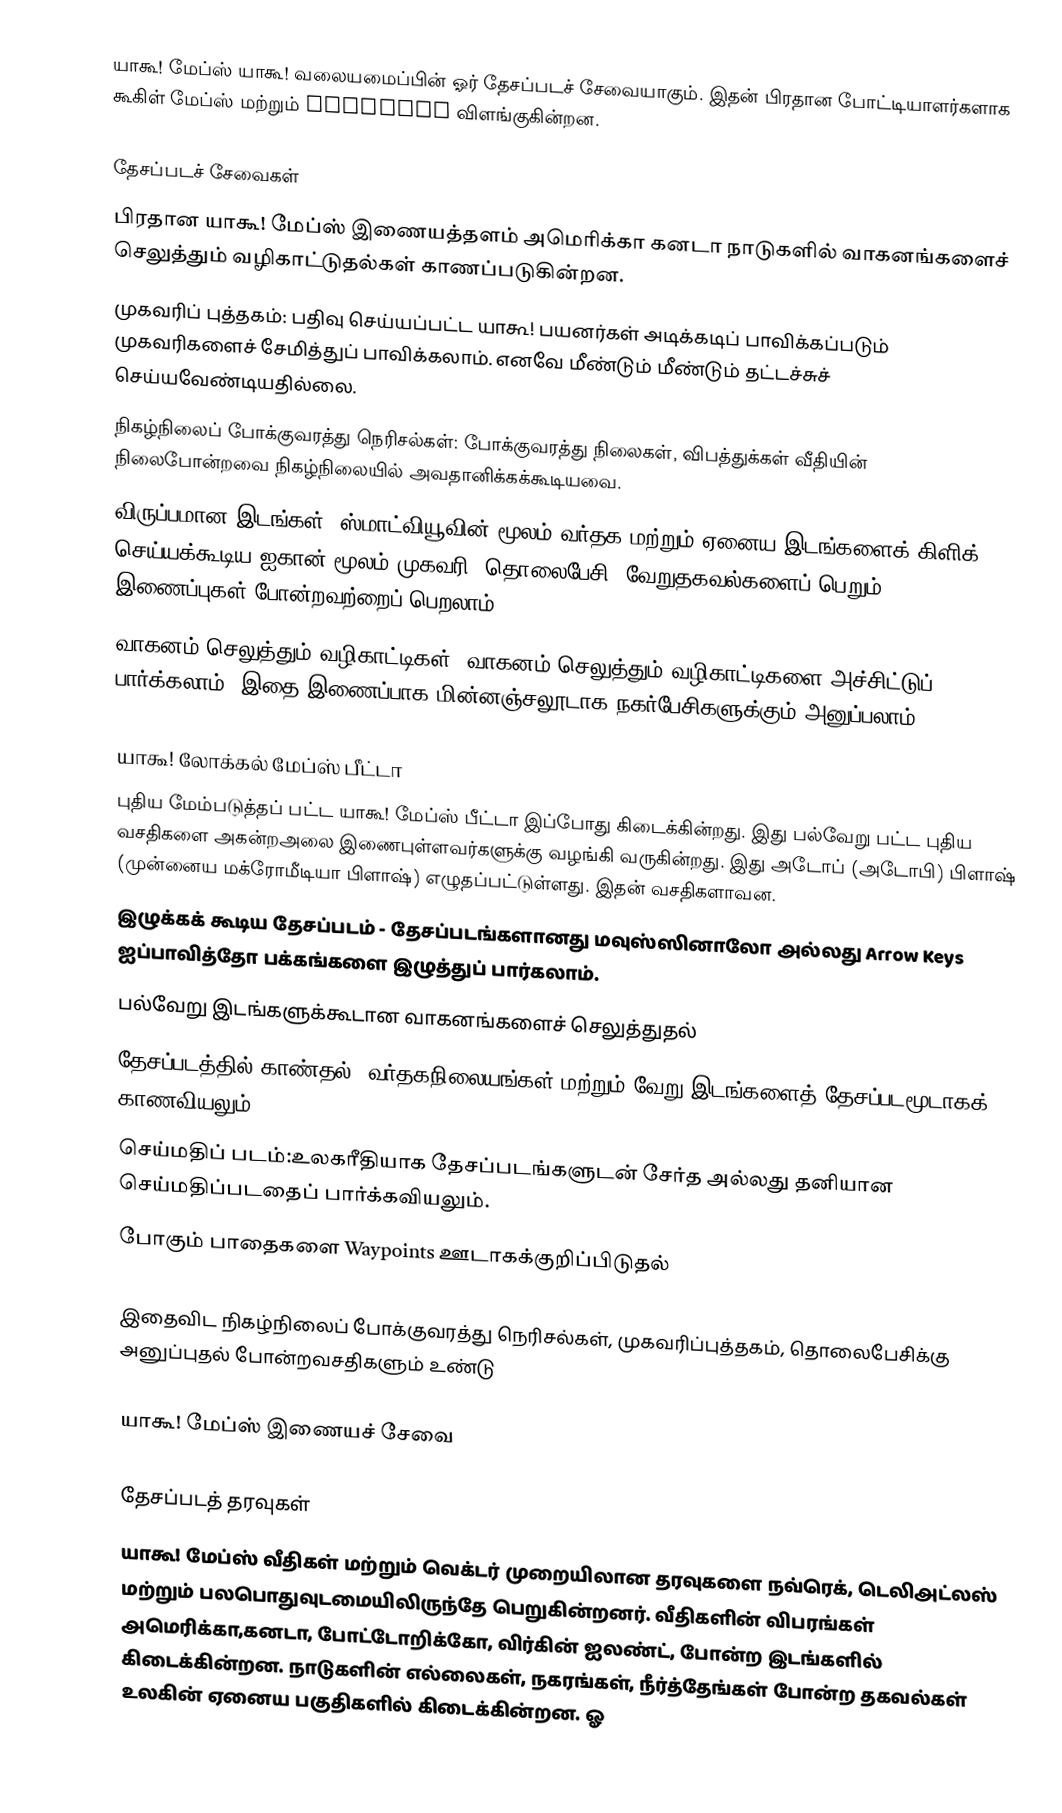
யாகூ! மேப்ஸ் யாகூ! வலையமைப்பின் ஓர் தேசப்படச் சேவையாகும். இதன் பிரதான போட்டியாளர்களாக கூகிள் மேப்ஸ்  மற்றும் Mapquest விளங்குகின்றன.

தேசப்படச் சேவைகள்
பிரதான யாகூ! மேப்ஸ் இணையத்தளம் அமெரிக்கா கனடா நாடுகளில் வாகனங்களைச் செலுத்தும் வழிகாட்டுதல்கள் காணப்படுகின்றன.
முகவரிப் புத்தகம்: பதிவு செய்யப்பட்ட யாகூ! பயனர்கள் அடிக்கடிப் பாவிக்கப்படும் முகவரிகளைச் சேமித்துப் பாவிக்கலாம். எனவே மீண்டும் மீண்டும் தட்டச்சுச் செய்யவேண்டியதில்லை.
நிகழ்நிலைப் போக்குவரத்து நெரிசல்கள்: போக்குவரத்து நிலைகள், விபத்துக்கள் வீதியின் நிலைபோன்றவை நிகழ்நிலையில் அவதானிக்கக்கூடியவை.
விருப்பமான இடங்கள்: ஸ்மாட்வியூவின் மூலம் வர்தக மற்றும் ஏனைய இடங்களைக் கிளிக் செய்யக்கூடிய ஐகான் மூலம் முகவரி, தொலைபேசி, வேறுதகவல்களைப் பெறும் இணைப்புகள் போன்றவற்றைப் பெறலாம்.
வாகனம் செலுத்தும் வழிகாட்டிகள்: வாகனம் செலுத்தும் வழிகாட்டிகளை அச்சிட்டுப் பார்க்கலாம், இதை இணைப்பாக மின்னஞ்சலூடாக நகர்பேசிகளுக்கும் அனுப்பலாம்.

யாகூ! லோக்கல் மேப்ஸ் பீட்டா
புதிய மேம்படுத்தப் பட்ட யாகூ! மேப்ஸ் பீட்டா இப்போது கிடைக்கின்றது. இது பல்வேறு பட்ட புதிய வசதிகளை அகன்றஅலை இணைபுள்ளவர்களுக்கு வழங்கி வருகின்றது. இது அடோப் (அடோபி) பிளாஷ் (முன்னைய மக்ரோமீடியா பிளாஷ்) எழுதப்பட்டுள்ளது. இதன் வசதிகளாவன.
இழுக்கக் கூடிய தேசப்படம் - தேசப்படங்களானது மவுஸ்ஸினாலோ அல்லது Arrow Keys ஐப்பாவித்தோ பக்கங்களை இழுத்துப் பார்கலாம்.
பல்வேறு இடங்களுக்கூடான வாகனங்களைச் செலுத்துதல்
தேசப்படத்தில் காண்தல்: வர்தகநிலையங்கள் மற்றும் வேறு இடங்களைத் தேசப்படமூடாகக் காணவியலும்.
செய்மதிப் படம்:உலகரீதியாக தேசப்படங்களுடன் சேர்த அல்லது தனியான செய்மதிப்படதைப் பார்க்கவியலும்.
போகும் பாதைகளை Waypoints ஊடாகக்குறிப்பிடுதல்

இதைவிட நிகழ்நிலைப் போக்குவரத்து நெரிசல்கள், முகவரிப்புத்தகம், தொலைபேசிக்கு அனுப்புதல் போன்றவசதிகளும் உண்டு

யாகூ! மேப்ஸ் இணையச் சேவை

தேசப்படத் தரவுகள்
யாகூ! மேப்ஸ் வீதிகள் மற்றும் வெக்டர் முறையிலான தரவுகளை நவ்ரெக், டெலிஅட்லஸ் மற்றும் பலபொதுவுடமையிலிருந்தே பெறுகின்றனர். வீதிகளின் விபரங்கள் அமெரிக்கா,கனடா, போட்டோறிக்கோ, விர்கின் ஐலண்ட், போன்ற இடங்களில் கிடைக்கின்றன. நாடுகளின் எல்லைகள், நகரங்கள், நீர்த்தேங்கள் போன்ற தகவல்கள் உலகின் ஏனைய பகுதிகளில் கிடைக்கின்றன. ஓ